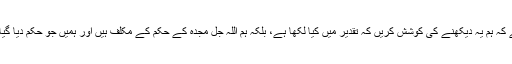
مطلب یہ ہے کہ ہمیں یہ اجازت نہیں ہے کہ ہم یہ دیکھنے کی کوشش کریں کہ تقدیر میں کیا لکھا ہے، بلکہ ہم اللہ جل مجدہ کے حکم کے مکلف ہیں اور ہمیں جو حکم دیا گیا ہے اس کے بارے میں پوچھا جائے گا۔